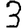
Digit: 3